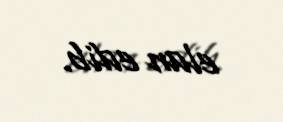
elan edib.